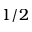
1 / 2